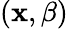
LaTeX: \left(\mathbf{x},\beta\right)